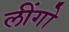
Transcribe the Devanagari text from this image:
लींगो